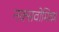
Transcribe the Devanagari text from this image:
नक्सवोमिका